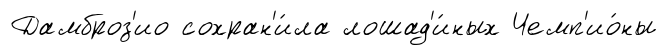
Дамброз'ио сохран'и́ла лошад'и́ных Чемп'ио́ны